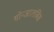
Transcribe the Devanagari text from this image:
गोन्जालबिस